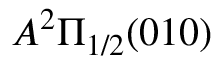
A ^ { 2 } \Pi _ { 1 / 2 } ( 0 1 0 )